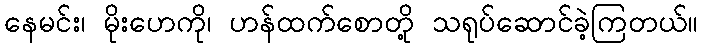
နေမင်း၊ မိုးဟေကို၊ ဟန်ထက်စောတို့ သရုပ်ဆောင်ခဲ့ကြတယ်။